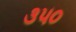
૩૫૦